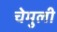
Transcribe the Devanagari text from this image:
चेमुली